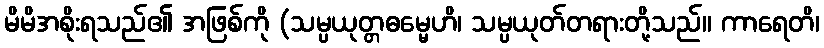
မိမိအစိုးရသည်၏ အဖြစ်ကို (သမ္ပယုတ္တဓမ္မေဟိ၊ သမ္ပယုတ်တရားတို့သည်။ ကာရေတိ၊